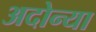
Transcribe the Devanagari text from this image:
अदोन्या